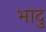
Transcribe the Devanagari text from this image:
भादु